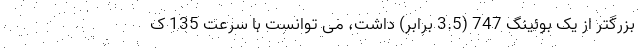
بزرگتر از یک بوئینگ 747 (3.5 برابر) داشت، می توانست با سرعت 135 ک